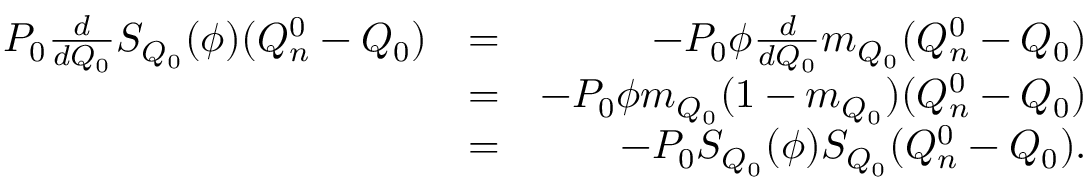
\begin{array} { r l r } { P _ { 0 } \frac { d } { d Q _ { 0 } } S _ { Q _ { 0 } } ( \phi ) ( Q _ { n } ^ { 0 } - Q _ { 0 } ) } & { = } & { - P _ { 0 } \phi \frac { d } { d Q _ { 0 } } m _ { Q _ { 0 } } ( Q _ { n } ^ { 0 } - Q _ { 0 } ) } \\ & { = } & { - P _ { 0 } \phi m _ { Q _ { 0 } } ( 1 - m _ { Q _ { 0 } } ) ( Q _ { n } ^ { 0 } - Q _ { 0 } ) } \\ & { = } & { - P _ { 0 } S _ { Q _ { 0 } } ( \phi ) S _ { Q _ { 0 } } ( Q _ { n } ^ { 0 } - Q _ { 0 } ) . } \end{array}